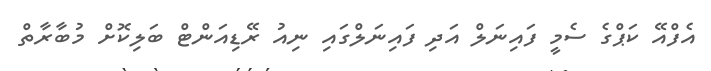
އެފްއޭ ކަޕްގެ ސެމީ ފައިނަލް އަދި ފައިނަލްގައި ނިއު ރޭޑިއަންޓް ބަލިކޮށް މުބާރާތް